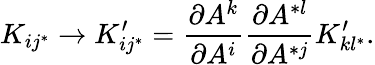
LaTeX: K_{ij^{*}}\rightarrow K_{ij^{*}}^{\prime}={\frac{\partial A^{k}}{\partial A^{i}}}{\frac{\partial A^{*l}}{\partial A^{*j}}}K_{kl^{*}}^{\prime}.